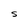
Character: S